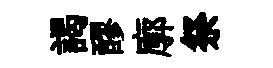
謁醪廓祭